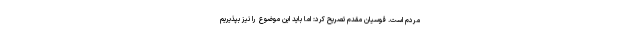
مردم است. قوسیان مقدم تصریح کرد: اما باید این موضوع را نیز بپذیریم